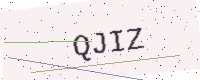
Text: QJIZ